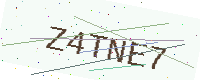
Text: Z4TNE7